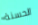
الحسنة